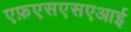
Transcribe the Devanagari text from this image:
एफ़एसएसएआई